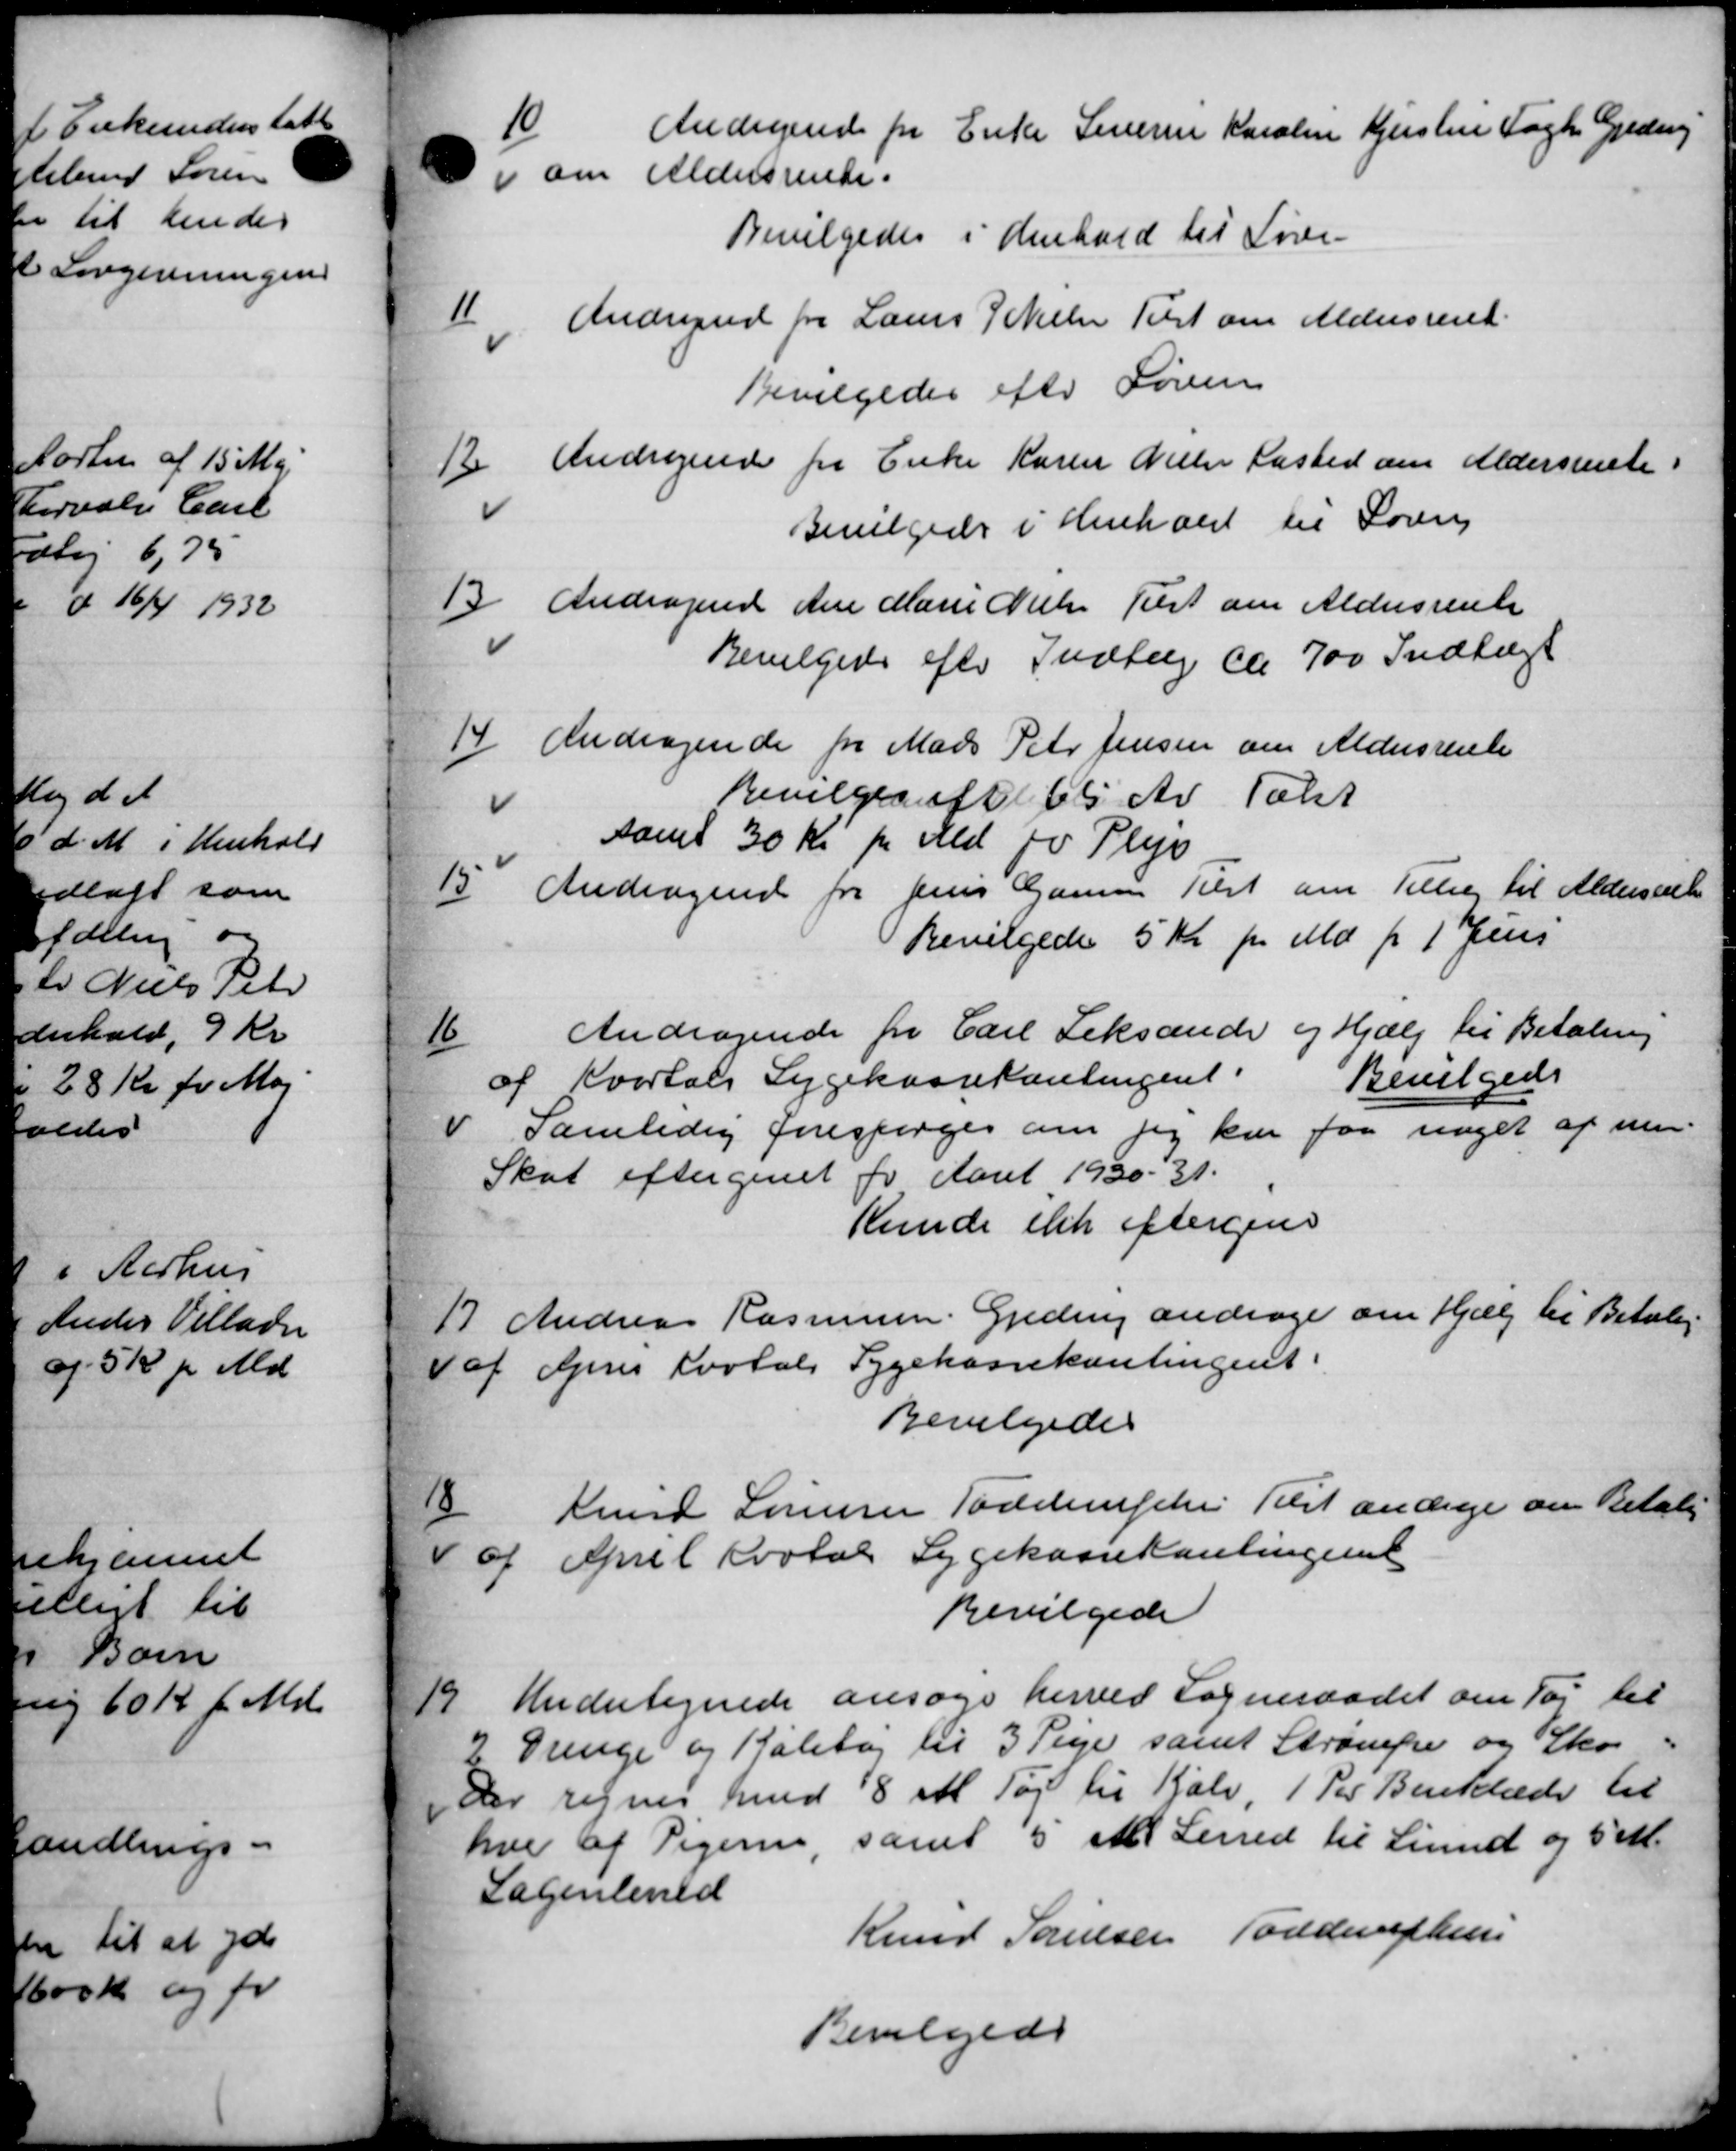
Transskription:
10
Andragende for Enke Severen Karolin Kjerstine Fogh. Gjedsing
om Aldersrente.
Bevilgedes i Henhold til Loven
11
Andragende fra Laurs J. Nielsen Tilst om Aldersrente
Bevilgedes efter Søren
12.
Andragende fra Enke Karler Nielsen Kasted om Aldersrente i
Bevilgedes i Henhold til Loven
13
Andragende Ane Marie Nielsen Tilst om Aldersrente
Bevilgedes efter Indtæg ca 700 Indtægt
14
Andragende for Mads Peter Jensen om Aldersrente
Bevilges af 65 Ar Talst
samt 30 Kr pr Ald for Pleje
15
Andragende fra Jens Gamme Tilst om Tillæg til Aldersrente
Bevilgedes 5 Kr pr Md fr 1 Jens
16
Andragende fra Carl Teksande og Hjælp til Betaling
Bevilgedes
af Kvartals Sygekassekontingent
Samtidig forespørges om jeg kan faa noget af nen-
Skat eftergivet for Aaret 1930-31.
Kunde stik eftergive
17
Andreas Rasmussen. Gjeding andrager om Hjælp til Betaling
f Apris Kortal Sygekassekontingent
Bevilgedes

Knud Sørensen Todelerphe Tilst andrager om Betale
af April Kvotal Sygekassekontingenet
Bevilgede

Undertegnede ansøge herved Sogneraadet om Tøj til
2 Drenge og Kalibog til 3 Pige samt Strømpe og Sko
der regnes med 8 al Tøj til Kalv, 1 Per Benklæde til
hver af Pigere, samt 5 stk Lened til Liund og 5 M.
Sagenland
Knud Sørensen Todderupher
Bevilgedes